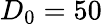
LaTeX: D_{0}=50